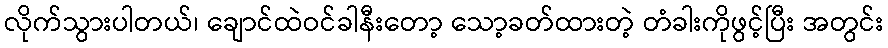
လိုက်သွားပါတယ်၊ ချောင်ထဲဝင်ခါနီးတော့ သော့ခတ်ထားတဲ့ တံခါးကိုဖွင့်ပြီး အတွင်း